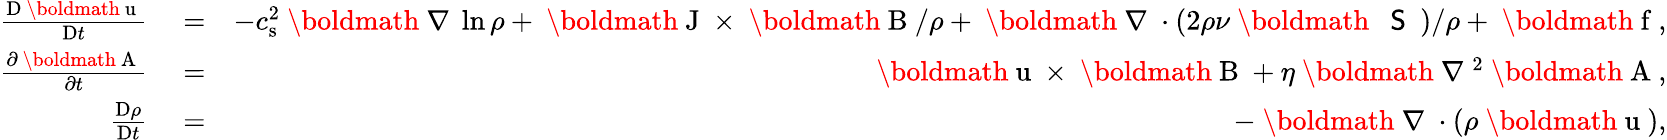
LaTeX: \begin{array}{rlr}{\frac{\mathrm{D}{}\mathrm{~\boldmath~u~}{}}{\mathrm{D}{}t}}&{{}=}&{-c_{\mathrm{s}}^{2}\mathrm{~\boldmath~\nabla~}{}\ln\rho+\mathrm{~\boldmath~J~}{}\times\mathrm{~\boldmath~B~}{}/\rho+\mathrm{~\boldmath~\nabla~}{}\cdot(2\rho\nu\mathrm{~\boldmath~{~\sf~S~}~}{})/\rho+\mathrm{~\boldmath~f~}{},}\\ {\frac{\partial\mathrm{~\boldmath~A~}{}}{\partial t}}&{{}=}&{\mathrm{~\boldmath~u~}{}\times\mathrm{~\boldmath~B~}{}+\eta\mathrm{~\boldmath~\nabla~}{}^{2}\mathrm{~\boldmath~A~}{},}\\ {\frac{\mathrm{D}{}\rho}{\mathrm{D}{}t}}&{{}=}&{-\mathrm{~\boldmath~\nabla~}{}\cdot(\rho\mathrm{~\boldmath~u~}{}),}\end{array}